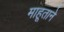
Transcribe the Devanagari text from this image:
माहूताने